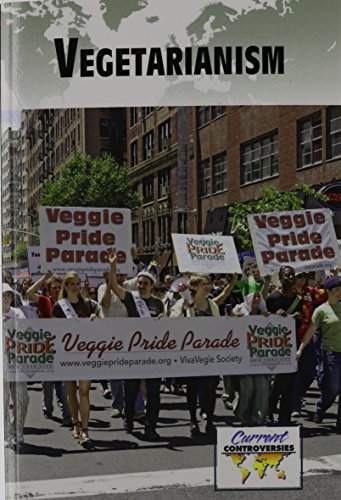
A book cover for Vegetarianism (Current Controversies); Amy Francis; Teen & Young Adult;